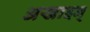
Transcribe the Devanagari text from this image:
अखाइन्